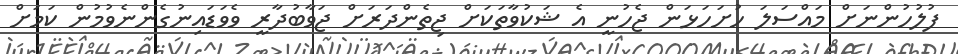
ފުލުހުންނަށް މައްސަލަ ހުށަަހަޅަން ޖެހުނީ އެ ޝަކުވާތަކަށް ޖިތެންދަރަށް ޖަވާބުދާރީ ވެވަޑައިނުގެންނެވުމުން ކަމަށް